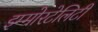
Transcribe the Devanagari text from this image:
इम्मोरटेलिटी